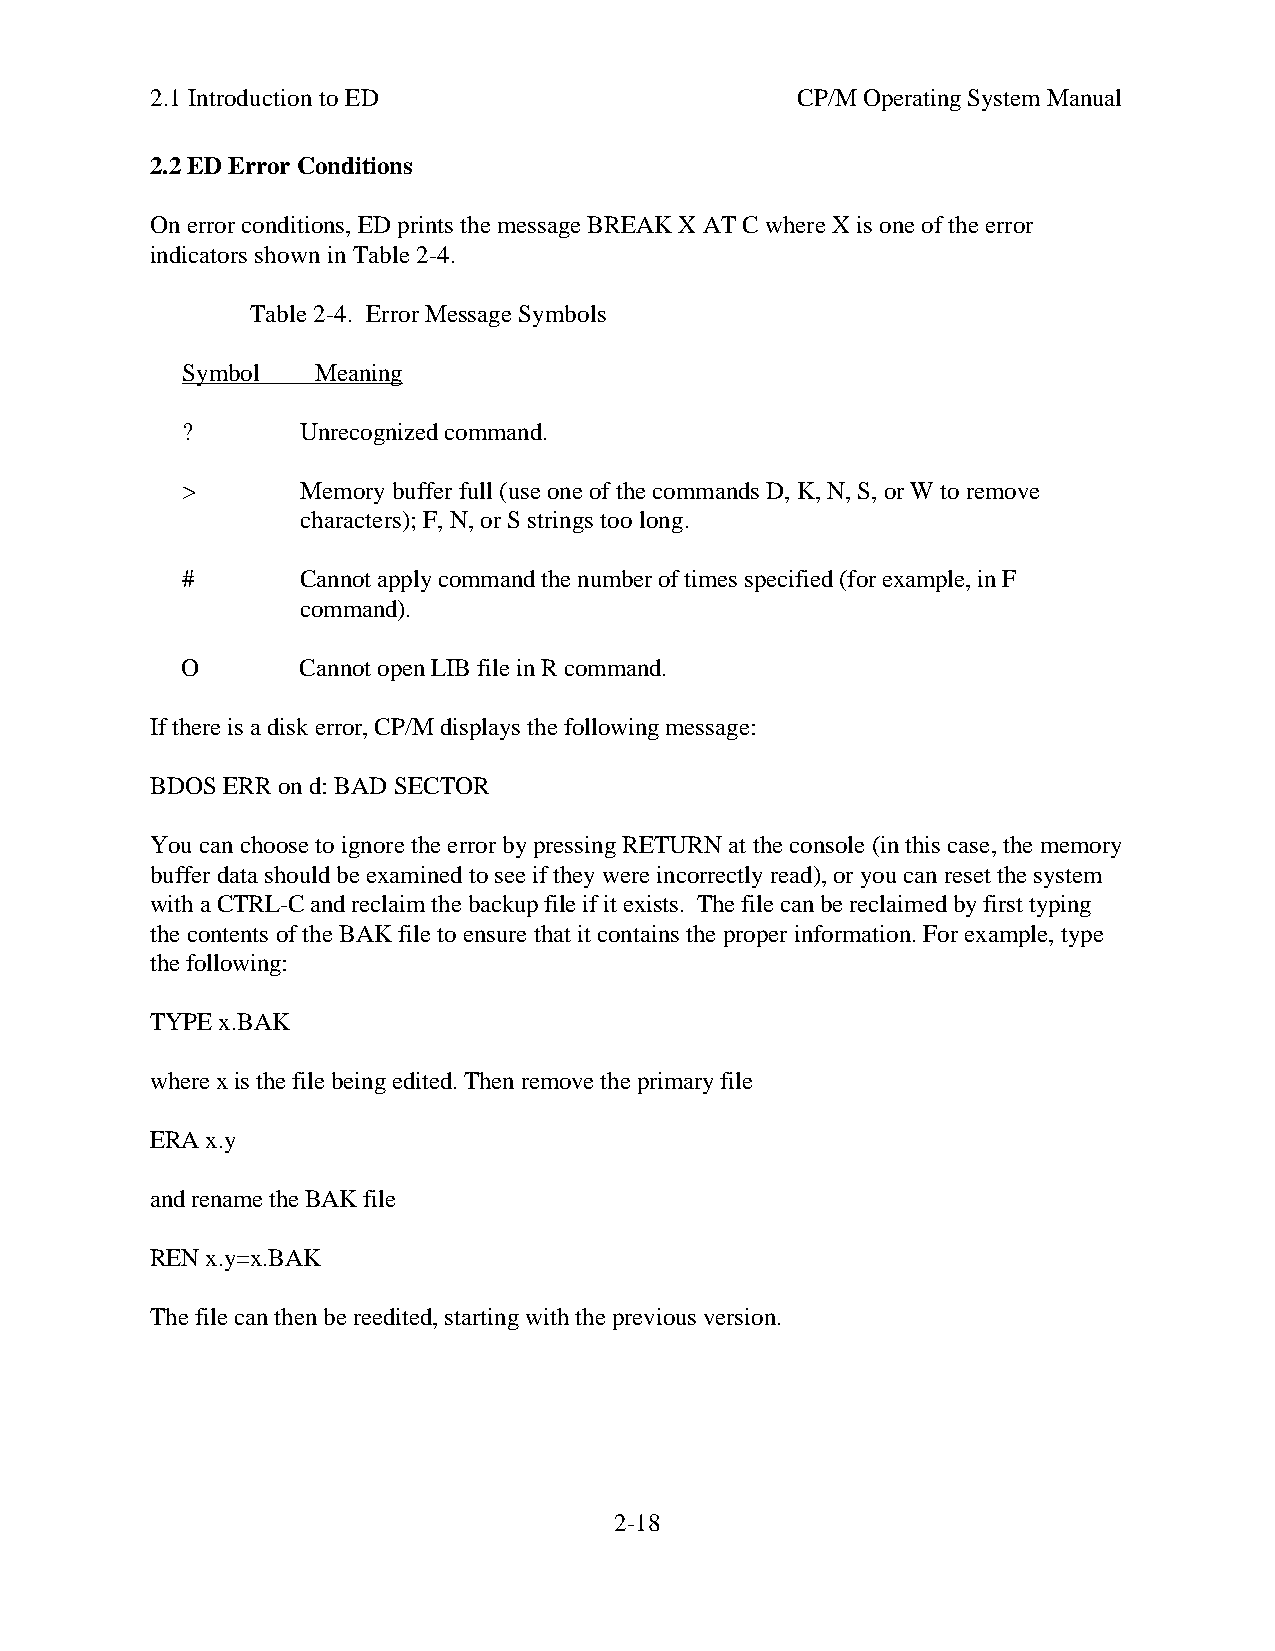
2.1 Introduction to ED                     CP/M Operating System Manual
 2.2 ED Error Conditions
 On error conditions, ED prints the message BREAK X AT C where X is one of the error
 indicators shown in Table 2-4.
 Table 2-4. Error Message Symbols
 Symbol   Meaning
 ?       Unrecognized command.
 >       Memory buffer full (use one of the commands D, K, N, S, or W to remove
 characters); F, N, or S strings too long.
 #       Cannot apply command the number of times specified (for example, in F
 command).
 O       Cannot open LIB file in R command.
 If there is a disk error, CP/M displays the following message:
 BDOS ERR on d: BAD SECTOR
 You can choose to ignore the error by pressing RETURN at the console (in this case, the memory
 buffer data should be examined to see if they were incorrectly read), or you can reset the system
 with a CTRL-C and reclaim the backup file if it exists. The file can be reclaimed by first typing
 the contents of the BAK file to ensure that it contains the proper information. For example, type
 the following:
 TYPE x.BAK
 where x is the file being edited. Then remove the primary file
 ERA x.y
 and rename the BAK file
 REN x.y=x.BAK
 The file can then be reedited, starting with the previous version.
 2-18